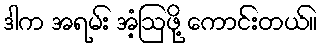
ဒါက အရမ်း အံ့ဩဖို့ ကောင်းတယ်။